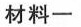
材料一